Insane asylums Bombay 1873-77 - 1873-1877
Year: 1873
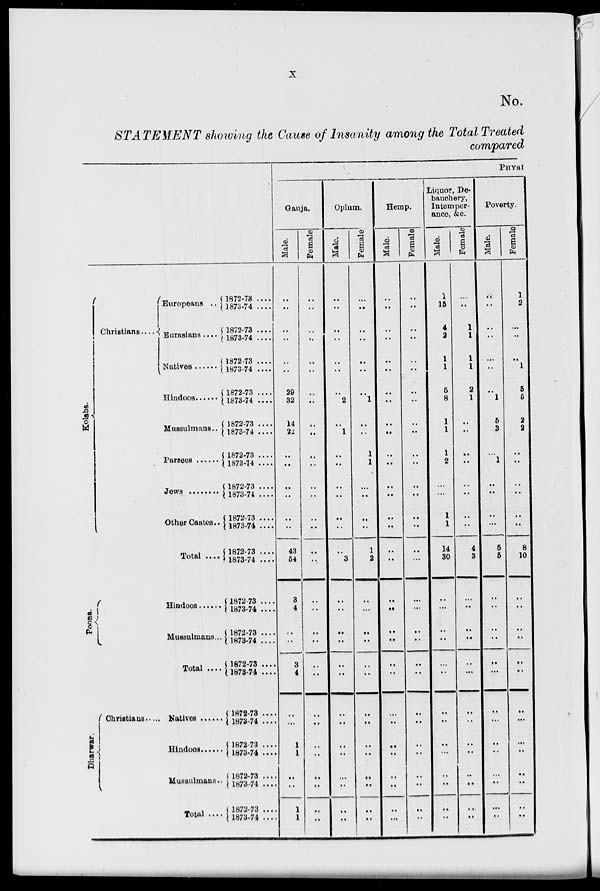
x
No.
STATEMENT showing the Cause of Insanity among the Total Treated
compared
Kolaba.
Christians .....
Europeans ..
Eurasians ....
Hindoos ......
Mussulmans..
Parsees ......
Jews ......
Other Castes..
Total ....
Poona.
Hindoos ......
Mussulmans...
Total ....
Dharwar.
Christians
Natives ......
Hindoos ......
Mussulmans..
Total ...
1872-73 ....
1873-74 ....
1872-73 ....
1873-74 ....
1872-73 ....
1873-74 ....
1872-73 ....
1873-74 ....
1872-73 ....
1873-74 ....
1872-73 ....
1873-74 ....
1872-73 ....
1873-74 ....
1872-73 ....
1873-74 ....
1872-73 ....
1873-74 ....
1872-73 ....
1873-74 ....
1872-73 ....
1873-74 ....
1872-73 ....
1873-74 ....
1872-73 ....
1873-74 ....
1872-73 ....
1873-74 ....
1872-73
1873-74 ....
1872-73 ....
1873-74 ....
PHYSI
Ganja.
Male.
..
..
..
..
..
..
29
32
14
22
..
..
..
..
..
..
43
54
3
4
..
..
3
4
..
...
1
1
..
..
1
1
Female
..
..
..
..
..
..
..
..
..
..
..
..
..
..
..
..
..
..
..
..
..
..
..
..
..
..
..
..
..
..
..
..
Opium.
Male.
..
..
..
..
..
..
..
2
..
1
..
..
..
..
..
..
..
3
..
..
..
..
..
..
..
..
..
..
..
..
..
..
Female
..
..
..
..
..
..
..
1
..
..
1
1
..
..
..
..
1
2
..
...
..
..
..
..
..
..
..
..
..
..
..
..
Hemp.
Male.
..
..
..
..
..
..
..
..
..
..
..
..
..
..
..
..
..
..
..
..
..
..
..
..
..
..
..
..
..
..
..
...
Female
..
..
..
..
..
..
..
..
..
..
..
..
..
..
..
..
..
..
...
...
..
..
..
..
..
..
..
..
..
..
..
..
Liquor, De-
bauchery,
Intemper-
ance, &c.
Male.
1
15
4
2
1
1
5
8
1
1
1
2
..
...
1
1
14
30
..
...
..
..
..
..
..
..
..
..
..
..
..
..
Female
..
..
1
1
1
1
2
1
..
..
..
..
..
..
..
..
4
3
..
..
..
..
..
...
..
..
..
..
..
..
..
..
Poverty.
Male.
..
..
..
..
..
..
..
1
5
3
..
1
..
..
..
...
5
5
..
..
..
..
..
...
..
...
..
..
..
..
...
..
Female
1
2
..
..
..
1
5
5
2
2
..
..
..
..
..
..
8
10
..
..
..
..
..
..
..
...
..
..
..
..
..
..